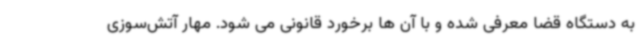
به دستگاه قضا معرفی شده و با آن ها برخورد قانونی می شود. مهار آتش‌سوزی